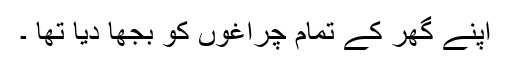
اپنے گھر کے تمام چراغوں کو بجھا دیا تھا ۔